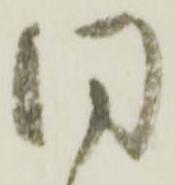
同